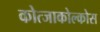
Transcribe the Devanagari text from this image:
कोत्जाकोल्कोस